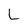
Character: L